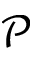
\mathcal { P }